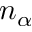
n _ { \alpha }